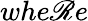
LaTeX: whe\mathscr{R}e